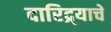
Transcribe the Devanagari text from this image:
दारिद्र्याचे